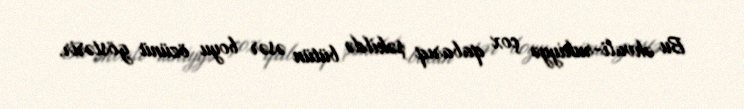
Bu əhvali-ruhiyyə çox qabarıq şəkildə bütün əsər boyu özünü göstərir.